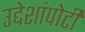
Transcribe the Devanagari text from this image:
उद्देशांपोटी